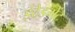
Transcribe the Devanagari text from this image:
इंटेडमेंट